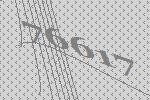
76617